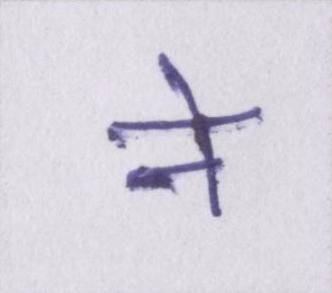
ने